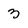
Character: 3